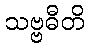
သဗ္ဗဓီတိ